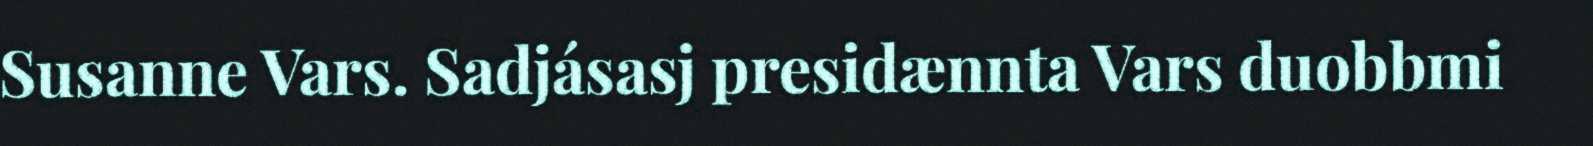
Susanne Vars. Sadjásasj presidænnta Vars duobbmi